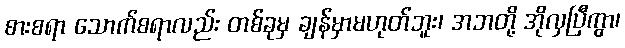
စားစရာ သောက်စရာလည်း တစ်ခုမှ ချန်မှာမဟုတ်ဘူး၊ အဘတို့ အိုလှပြီကွာ၊